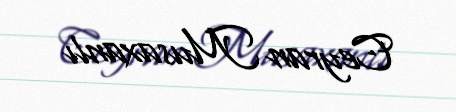
Ceyran Musaxanlı